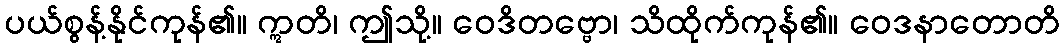
ပယ်စွန့်နိုင်ကုန်၏။ ဣတိ၊ ဤသို့။ ဝေဒိတဗ္ဗော၊ သိထိုက်ကုန်၏။ ဝေဒနာတောတိ